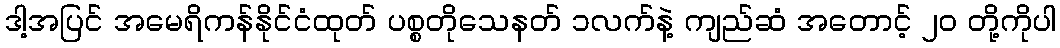
ဒါ့အပြင် အမေရိကန်နိုင်ငံထုတ် ပစ္စတိုသေနတ် ၁လက်နဲ့ ကျည်ဆံ အတောင့် ၂၀ တို့ကိုပါ